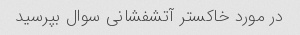
در مورد خاکستر آتشفشانی سوال بپرسید